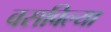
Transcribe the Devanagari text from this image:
वसविल्या